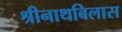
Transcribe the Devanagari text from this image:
श्रीनाथबिलास